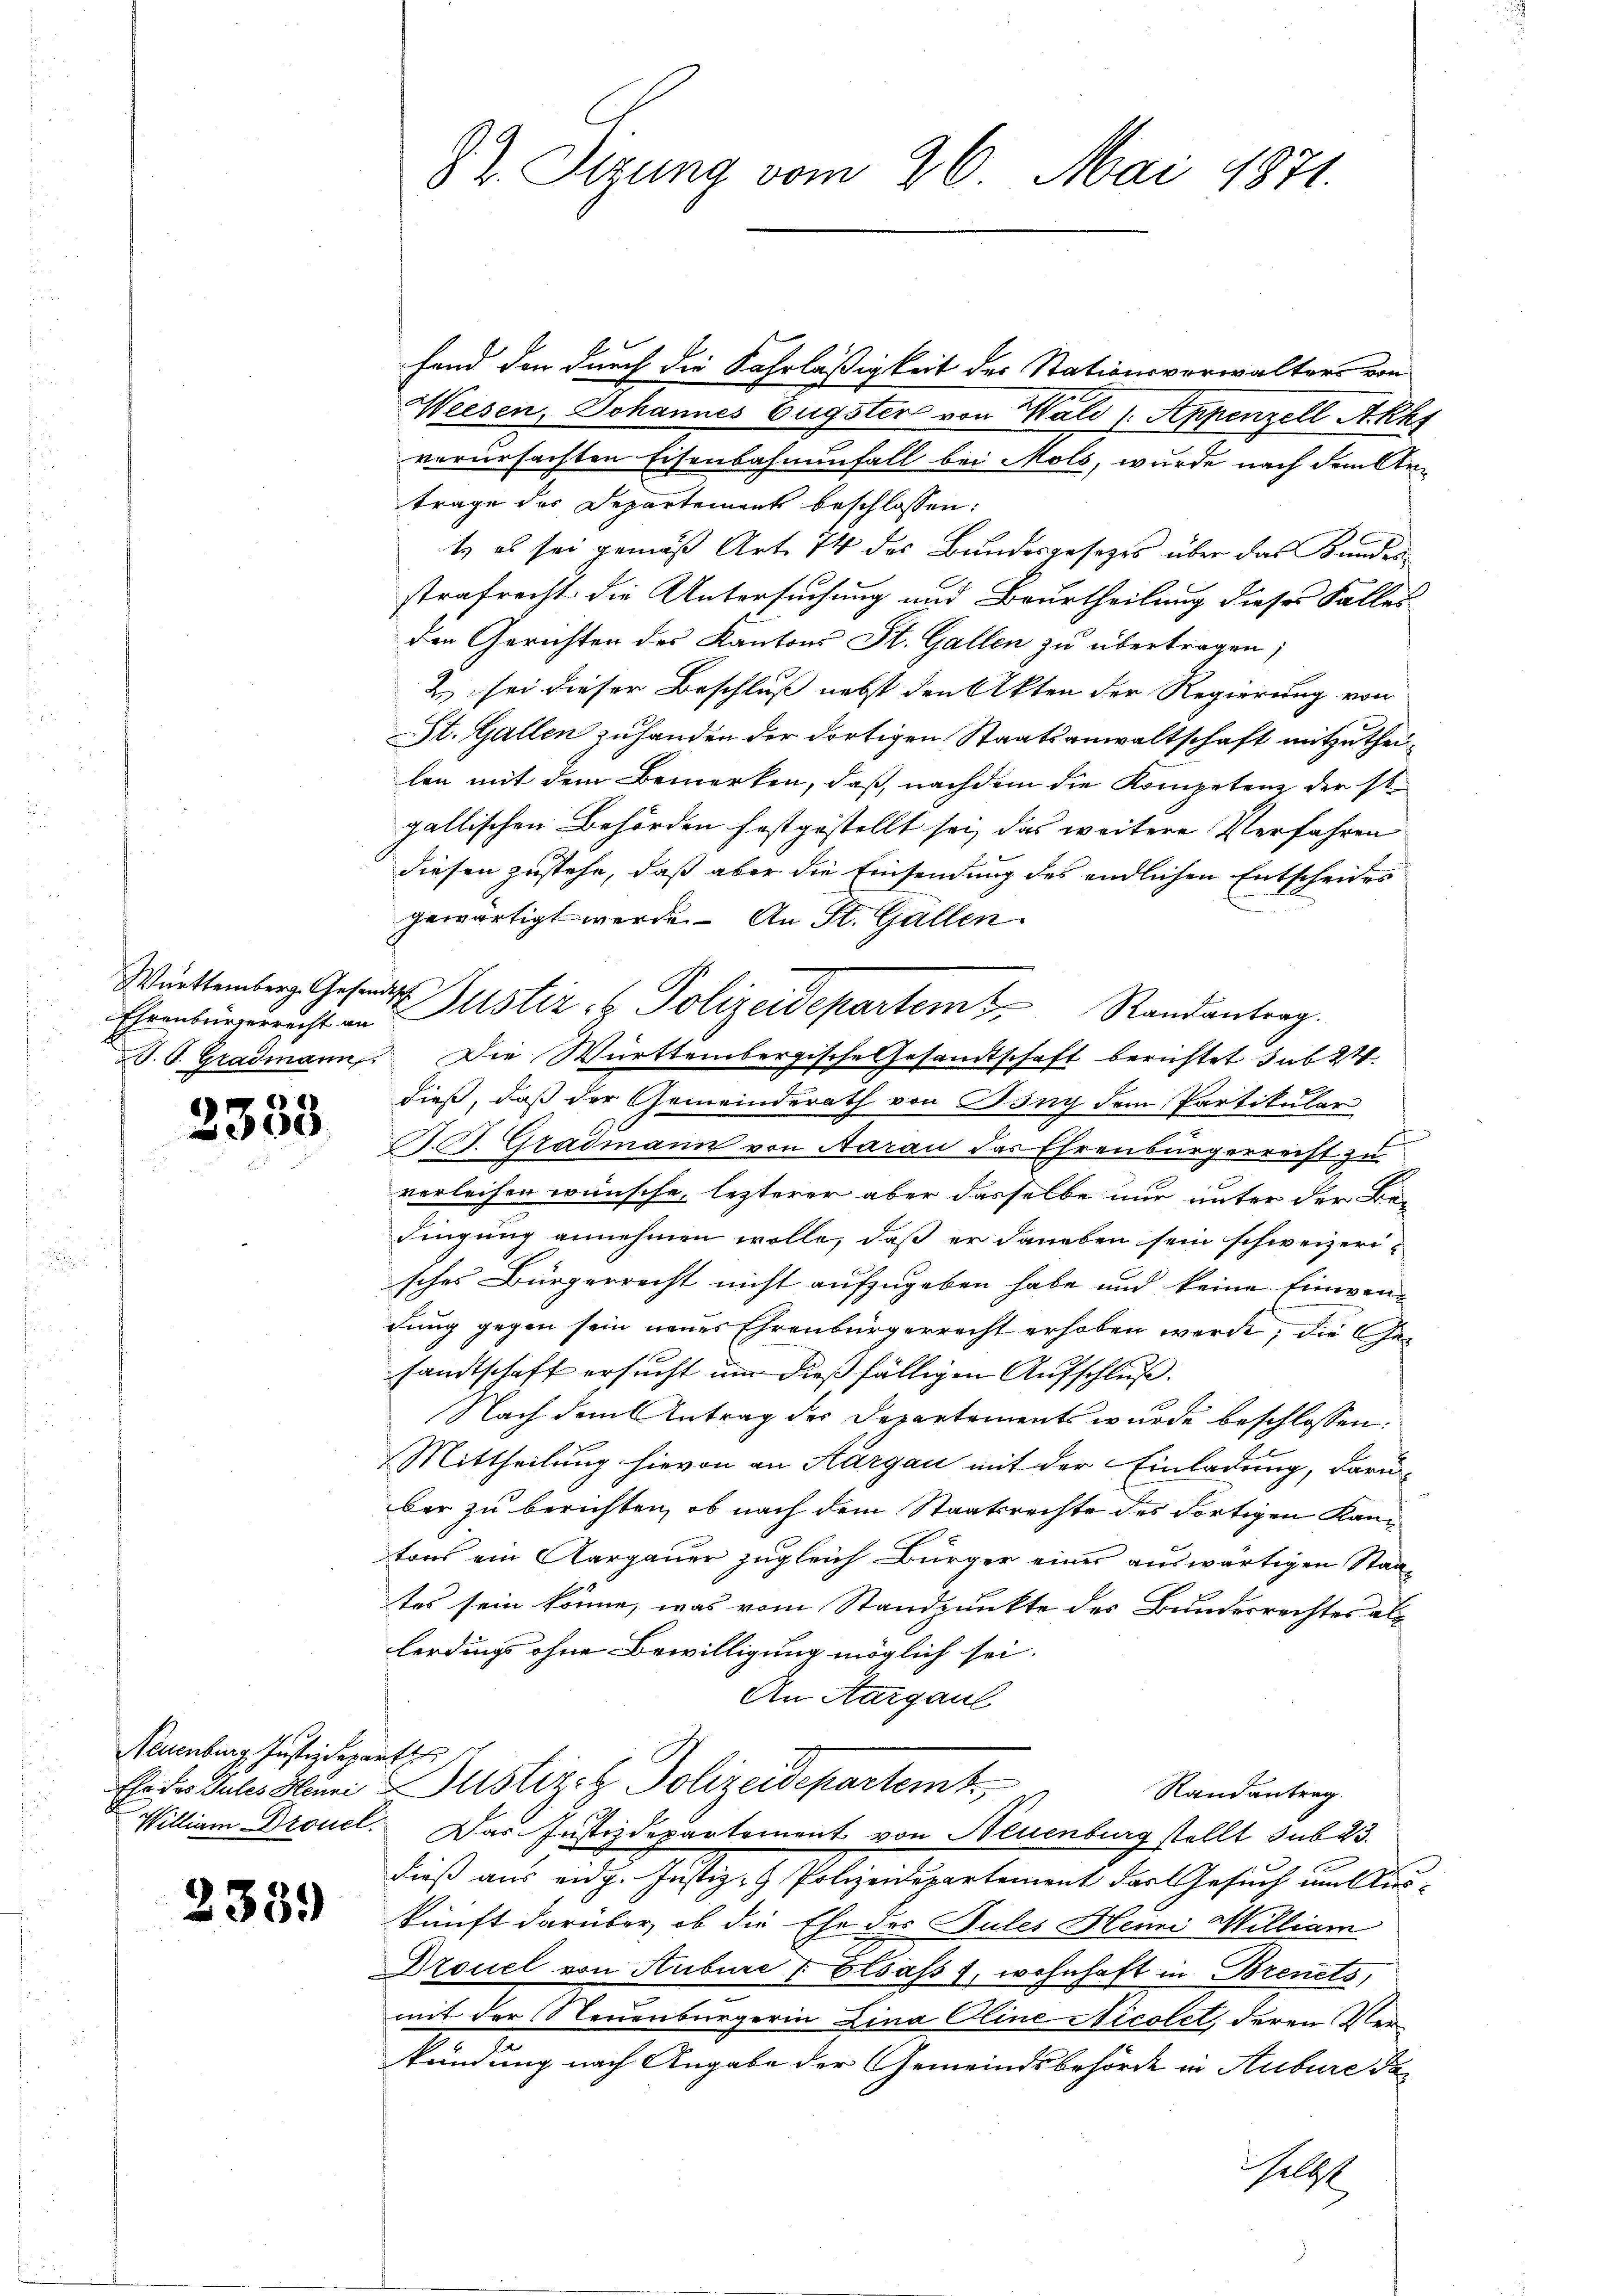
Württemberg. Gesandest

)
55

Neuenburg Justizdeparte

2339

fand den durch die Fahrläßigkeit des Stationsverwalters von
Weesen, Johannes Eugster von Wald) Appenzell Akks
verursachten Eisenbahnenfall bei Mols, wurde nach dem Antrage des Departement beschlossen:
t es sei gemäß Art. 74 des Bundesgesetzes über das Bundesstrafrecht die Untersuchung und Beurtheilung dieses Falles
den Gerichten des Kantons St. Gallen zu übertragen;
2 sei dieser Beschluß nebst den Akten der Regierung von
St. Gallen zuhanden der dortigen Staatsanwaltschaft mitzutheilen mit dem Bemerken, daß nachdem die Kompetenz der st.
gallischen Behörden festgestellt sei, das weitere Verfahren
diesen zustehe, daß aber die Einsendung des endlichen Entscheides
gewärtigt werde. An St. Gallen.
T. S. Gradmann. Die Württembergische Gesandtschaft berichtet dabe
dieß, daß der Gemeinderath von Iony dem Partikular
F. J. Gradmann von Aarau das Ehrenbürgerrecht
verleihen wünsche, lezterer aber dasselbe nur unter der Be-
dingung annehmen wolle, daß er daneben sein schweizeri-
sches Bürgerrecht nicht aufzugeben habe und keine Einwendung gegen sein neues Ehrenbürgerrecht erhoben werde, die Gesandtschaft ersucht um dießfälligen Aufschluß.
Nach dem Antrag des Departements wurde beschlossen:
Mittheilung hievon an Thurgau mit der Einladung, darüber zu berichten, ob nach dem Staatsrechte des dortigen Kantons ein Aargauer zugleich Bürger einer auswärtigen Staates sein könne, was vom Standpunkte des Bundesrechtes als
lerdings ohne Bewilligung möglich sei.
An Aargaul
Ehr des Sales Meine Justiz- & Polizeidepartemt,
Randantrag.
William Droucl. Das Justizdepartement von Neuenburg stellt sub 23.
dieß aus eidg. Justiz- & Polizeidepartement das Gesuch um Aus-
kunft darüber, ob die Ehe des Pules Heine Milliam
Drouel von Hubere 7 Elsass, wohnhaft in Brenets,
mit der Neuenburgerin Lina Oline Nicolet, deren Verkündung nach Angabe der Gemeindsbehörde in Aubure das
lg

82. Sizung vom 26. Mai 1871.

Ehrenbergericht aus Justiz- & Polizeidepartem Randantrag.